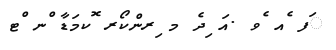
ަފ ެއ ެވ .އަ ިދެ މ ިރންކޯރ ޮކމަޑާ ްނ ްޓ